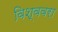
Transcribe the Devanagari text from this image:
विश्ववरा